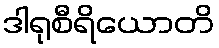
ဒါရုစီရိယောတိ